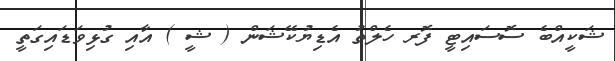
ޝަކީއްބެ ސޮސައިޓީ ފޮރ ހެލްތު އެޑިޔުކޭޝަން ( ޝީ ) އާއި ގުޅިވަޑައިގަތީ